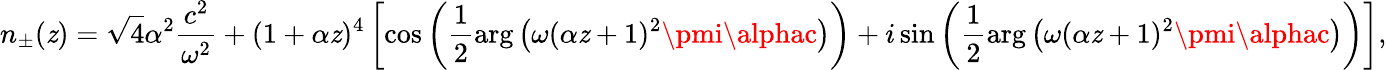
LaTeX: n_{\pm}(\mathit{z})=\sqrt{{4}}{{\alpha^{2}\frac{{c^{2}}}{{\omega^{2}}}+(1+\alpha\mathit{z})^{4}}}\left[\cos\left(\frac{{1}}{{2}}\arg\left(\omega(\alpha\mathit{z}+1)^{2}\pmi\alphac\right)\right)+i\sin\left(\frac{{1}}{{2}}\arg\left(\omega(\alpha\mathit{z}+1)^{2}\pmi\alphac\right)\right)\right],